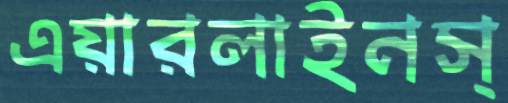
এয়ারলাইনস্